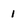
Character: 1